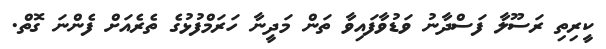
ކީރިތި ރަސޫލާ ފަސްދާނު ވަޑުވާފައިވާ ތަން މަދީނާ ހަރަމްފުޅުގެ ތެރެއަށް ފެންނަ ގޮތް.